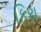
કિરા